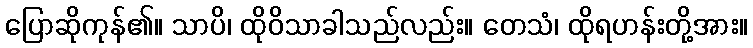
ပြောဆိုကုန်၏။ သာပိ၊ ထိုဝိသာခါသည်လည်း။ တေသံ၊ ထိုရဟန်းတို့အား။